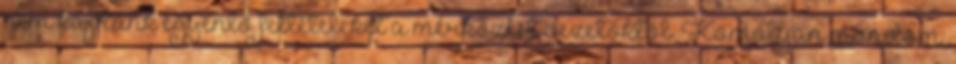
nem kaptunk egyenlő feltételeket a mérkőzést vezetőktől. Komolyan mondom: